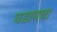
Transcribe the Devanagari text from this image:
घडायचा